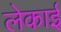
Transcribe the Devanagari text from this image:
लेकाई